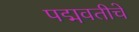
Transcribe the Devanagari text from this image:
पद्मवतीचे